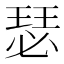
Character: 瑟